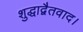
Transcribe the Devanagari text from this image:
शुद्धाद्वैतवाद।